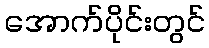
အောက်ပိုင်းတွင်